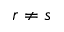
r \ne s